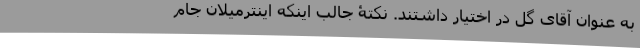
به عنوان آقای گل در اختیار داشتند. نکتۀ جالب اینکه اینترمیلان جام